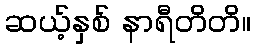
ဆယ့်နှစ် နာရီတိတိ။